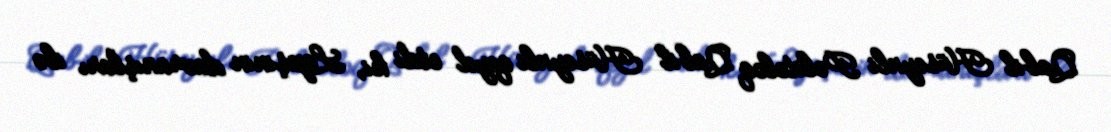
Qabil Hüseynli Politoloq Qabil Hüseynli qeyd etdi ki, Lapşinin davranışları ilə